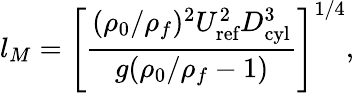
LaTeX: l_{M}=\left[\frac{(\rho_{0}/\rho_{f})^{2}U_{\textrm{ref}}^{2}D_{\textrm{cyl}}^{3}}{g(\rho_{0}/\rho_{f}-1)}\right]^{1/4},